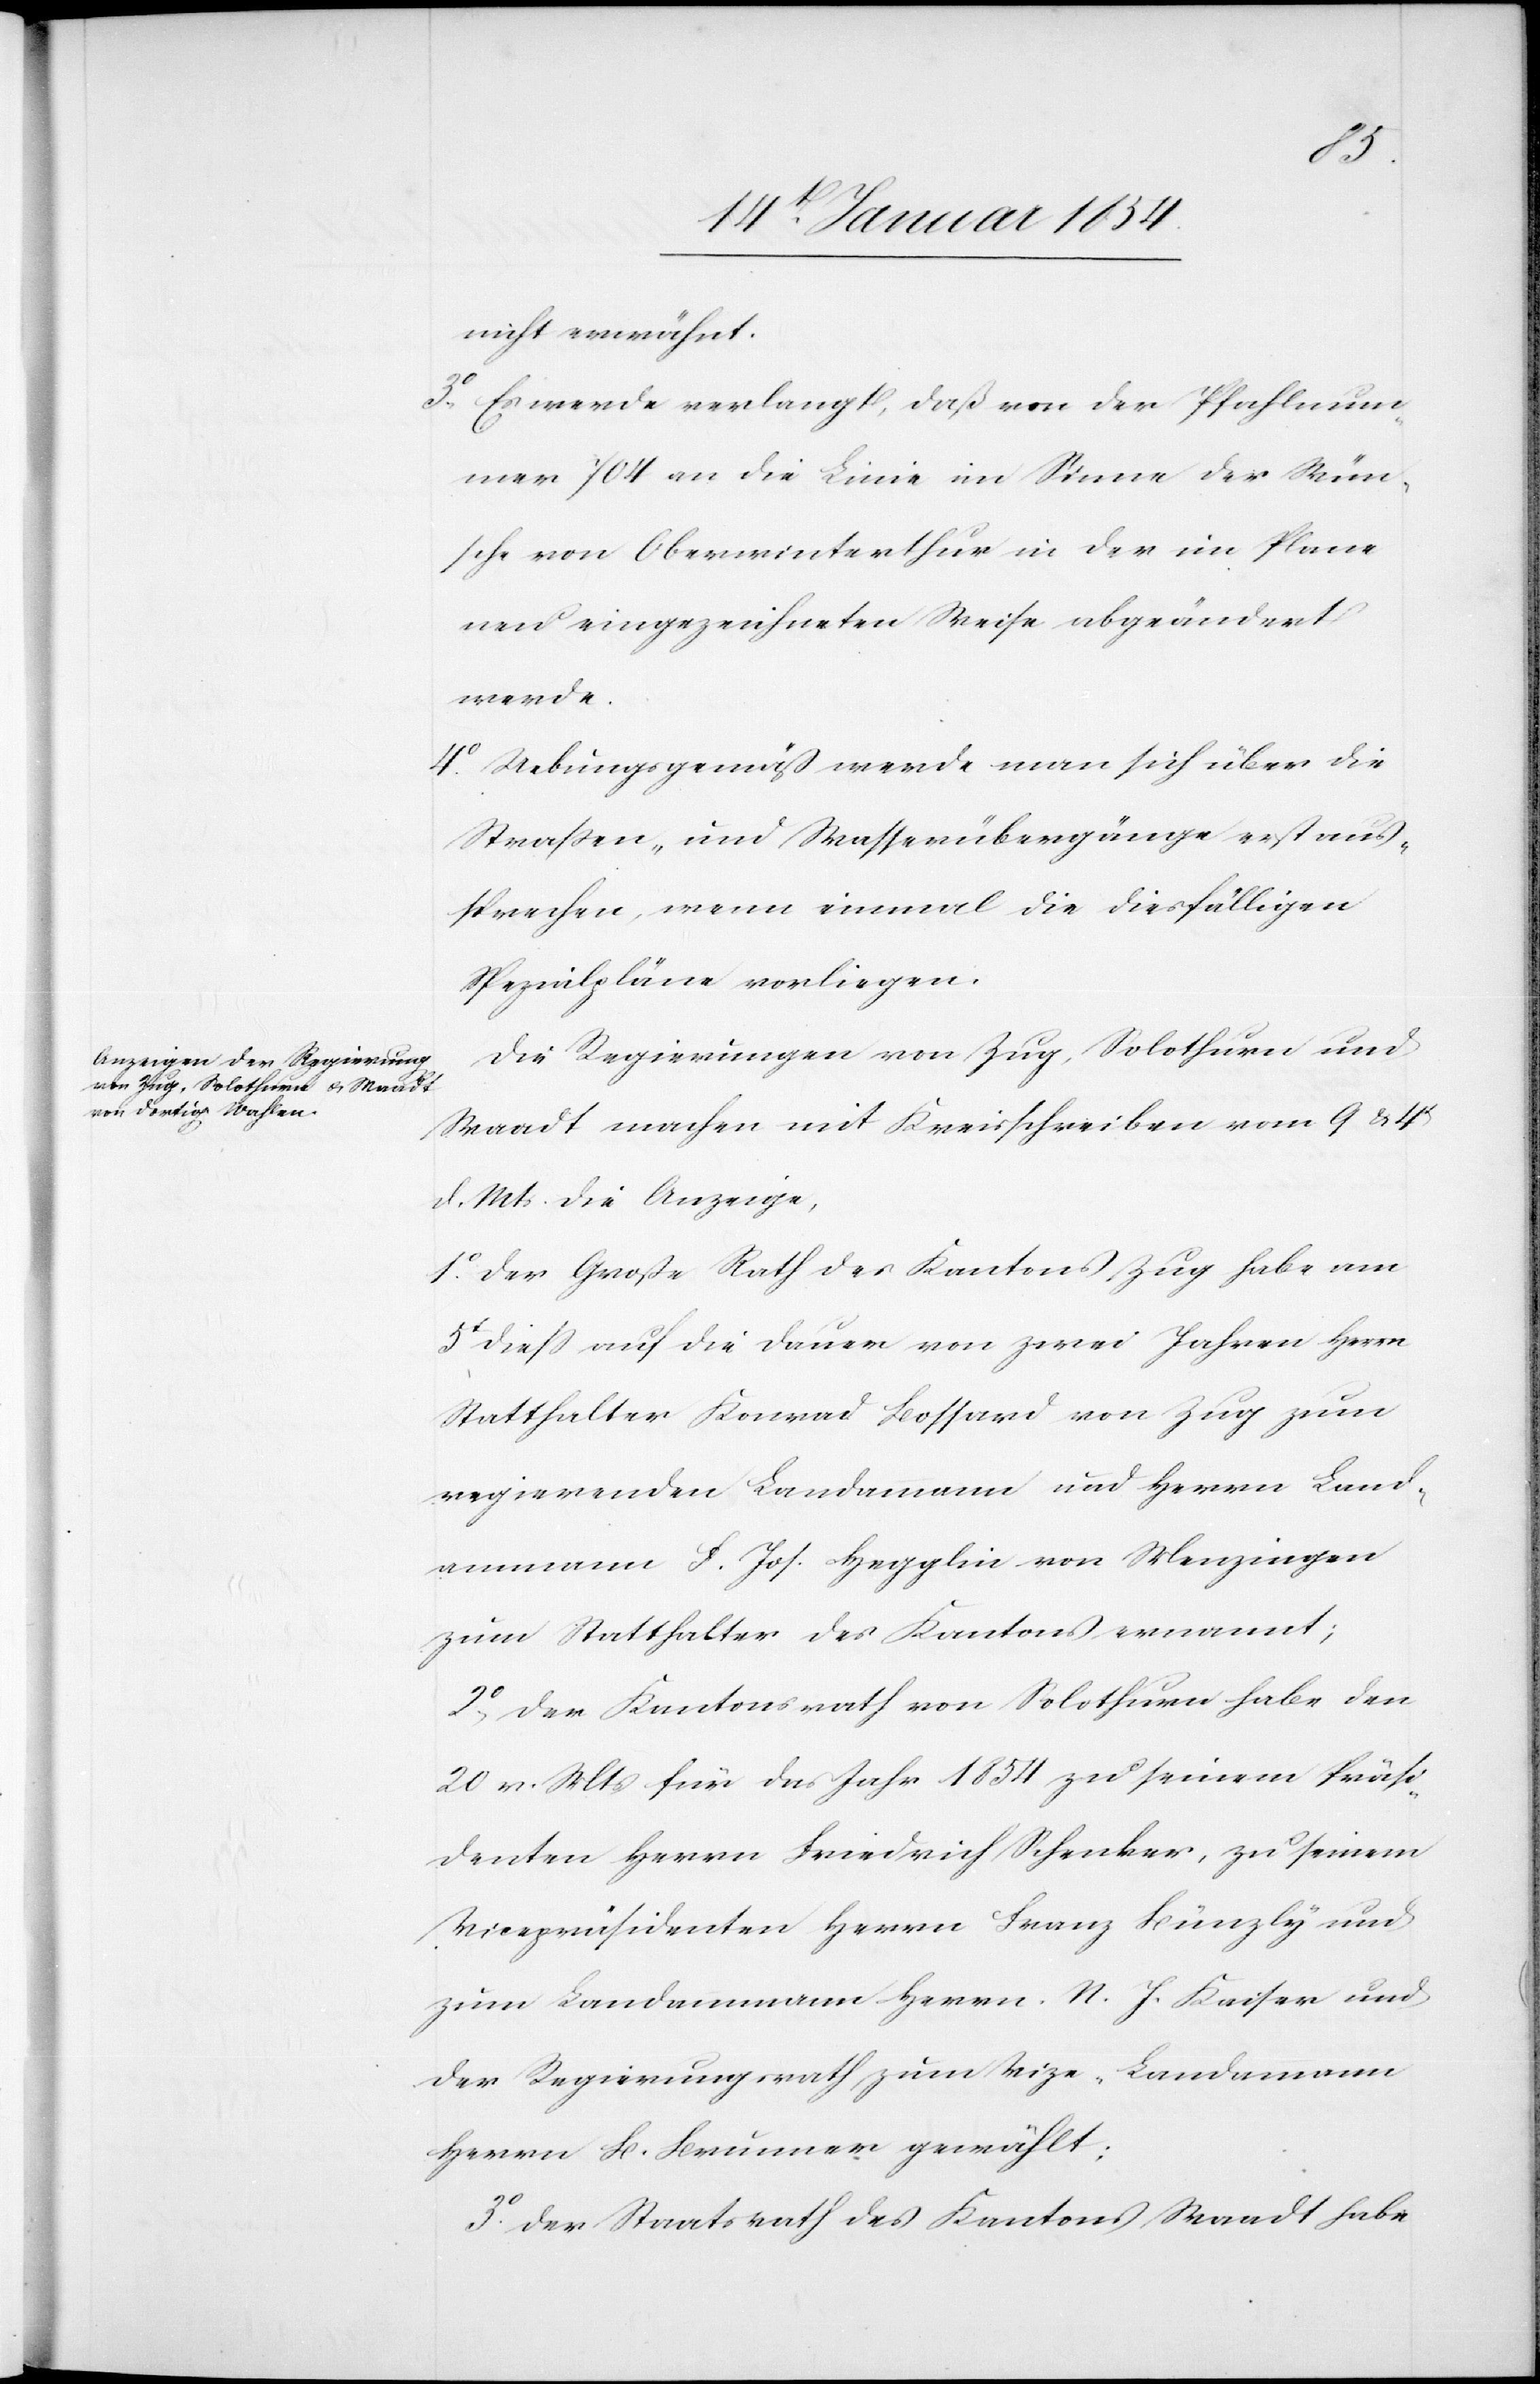
nicht erwähnt.
3o Es werde verlangt, daß von der Pfahlnum¬
mer 704 an die Linie im Sinne der Wün¬
sche von Oberwinterthur in der im Plane
neu eingezeichneten Weise abgeändert
werde.
4o Uebungsgemäß werde man sich über die
Straßen- und Wasserübergänge erst aus¬
sprechen, wenn einmal die diesfälligen
Spezialpläne vorliegen.
Die Regierungen von Zug, Solothurn und
Waadt machen mit Kreisschreiben vom 9 & 4t
d. Mts. die Anzeige,
1o der Große Rath des Kantons Zug habe am
5t dieß auf die Dauer von zwei Jahren Herrn
Statthalter Konrad Boffard von Zug zum
regierenden Landammann und Herrn Land¬
ammann S. Jos. Hegglin von Menzingen
zum Statthalter des Kantons ernannt;
2o der Kantonsrath von Solothurn habe den
20 v. Mts für das Jahr 1854 zu seinem Präsi¬
denten Herrn Friedrich Schenker, zu seinem
Vicepräsidenten Herrn Franz Künzly und
zum Landammann Herrn N. J. Kaiser und
der Regierungsrath zum Vice-Landammann
Herrn B. Brunner gewählt:
3o der Staatsrath des Kantons Waadt habe